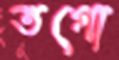
তগো